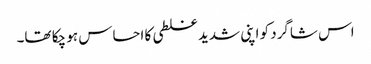
اس شاگرد کو اپنی شدید غلطی کا احساس ہو چکا تھا۔